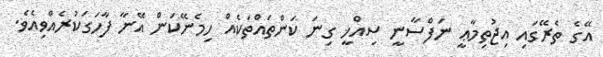
އޭގެ ތެރޭގައި އިޖުތިމާޢީ ނަފްސާނީ ސިއްޚީ ގިނަ ކަންތައްތަކެއް ހިމެނޭކަން އޭނާ ފާހަގަކުރެއްވިއެވެ.